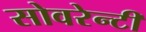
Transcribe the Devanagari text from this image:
सोवरेन्टी